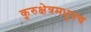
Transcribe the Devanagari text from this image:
कुरुक्षेत्रमधूनच